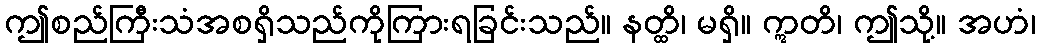
ဤစည်ကြီးသံအစရှိသည်ကိုကြားရခြင်းသည်။ နတ္ထိ၊ မရှိ။ ဣတိ၊ ဤသို့။ အဟံ၊